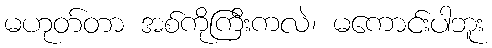
မဟုတ်တာ အစ်ကိုကြီးကလဲ၊ မကောင်းပါဘူး